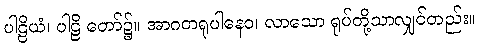
ပါဠိယံ၊ ပါဠိ တော်၌။ အာဂတရူပါနေဝ၊ လာသော ရုပ်တို့သာလျှင်တည်း။